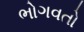
ભોગવતો